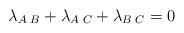
LaTeX: \begin{align*}\lambda_{A\,\,B} + \lambda_{A\,\,C} + \lambda_{B\,\,C} = 0\end{align*}